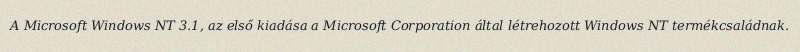
A Microsoft Windows NT 3.1, az első kiadása a Microsoft Corporation által létrehozott Windows NT termékcsaládnak.